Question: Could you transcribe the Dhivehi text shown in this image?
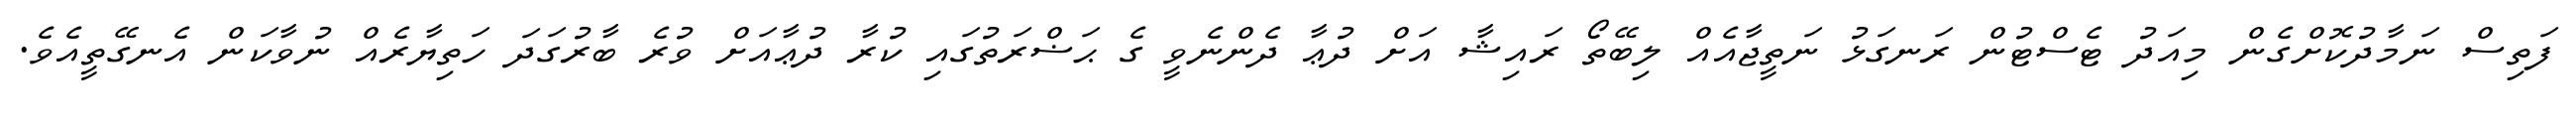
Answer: ފަތިސް ނަމާދުކޮށްގެން މިއަދު ޓެސްޓުން ރަނގަޅު ނަތީޖާއެއް ލިބޭތޯ ރައިޝާ އަށް ދުޢާ ދެންނެވީ ގެ ޙަޟްރަތުގައި ކުރާ ދުޢާއަށް ވުރެ ބާރުގަދަ ހަތިޔާރެއް ނުވާކަން އެނގޭތީއެވެ.